Burma Government Medical School reports 1923-41
Year: 1923
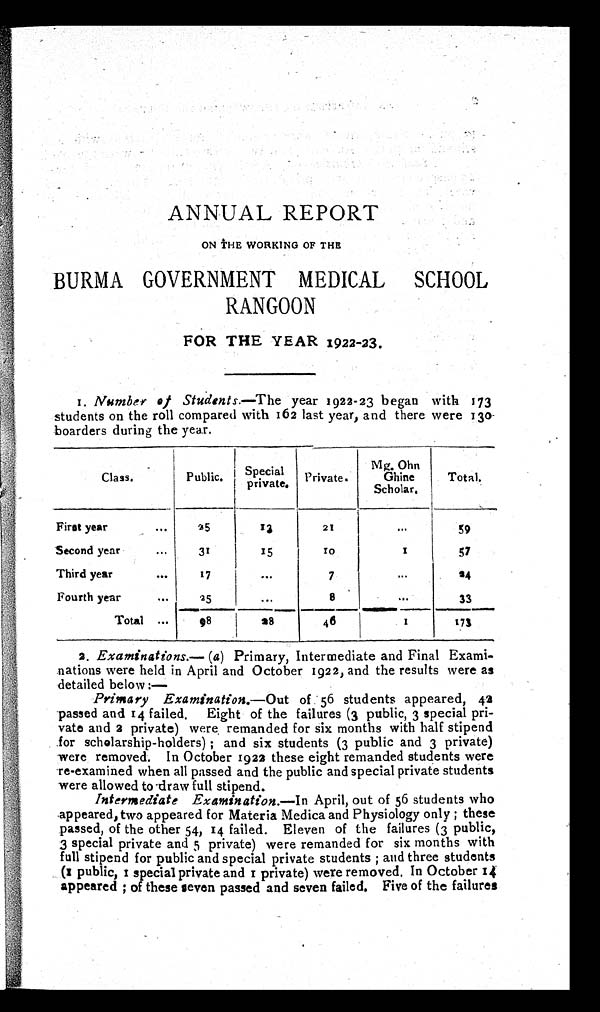
ANNUAL REPORT
ON THE WORKING OF THE
BURMA GOVERNMENT MEDICAL SCHOOL
RANGOON
FOR THE YEAR 1922-23.
1. Number of Students.— The year 1922-23 began with 173
students on the roll compared with 162 last year, and there were 130
boarders during the year.
Class.
Public.
Special
private.
Private.
Mg. Ohn
Ghine
Scholar.
Total.
First year . . .
25
1 3
21
. . .
59
Second year . . .
31
15
1 0
1
57
Third year . . .
17
. . .
7
. . .
24
Fourth year . . .
25
. . .
8
. . .
33
T o t a l . . .
98
2 8
46
1
173
2. Examinations.— (a ) Primary, Intermediate and Final Exami
- n a t i o n s w e r e h e l d i n A p r i l a n d O c t o b e r 1 9 2 2 , a n d t h e r e s u l t s w e r e a s
detailed below
: —
Primary Examination.— Out of 56 students appeared, 42
passed and 14 failed. Eight of the failures (3 public, 3 special pri
- v a t e a n d
2 p r i v a t e ) w e r e r e m a n d e d f o r s i x m o n t h s w i t h h a l f s t i p e n d
for scholarship-holders); and six students (3 public and 3 private)
were removed. In October 1922 these eight remanded students were
re-examined when all passed and the public and special private students
were allowed to draw full stipend.
Intermediate Examination.—In April, out of 56 students who
appeared, two appeared for Materia Medica and Physiology only; these
passed, of the other 54, 14 failed. Eleven of the failures (3 public,
3 special private and 5 private) were remanded for six months with
full stipend for public and special private students; and three students
(1 public, 1s p e c i a l p r i v a t e a n d 1
p r i v a t e ) w e r e r e m o v e d .
I n O c t o b e r 1 4
appeared; of these seven passed and seven failed. Five of the failures